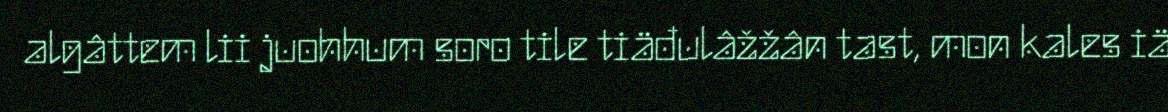
algâttem lii juohhum soro tile tiäđulâžžân tast, mon kales iä